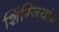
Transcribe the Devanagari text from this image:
शिंग्जियांग